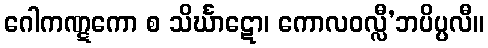
ဂေါကဏ္ဋကော စ သိင်္ဃာဋော၊ ကောလဝလ္လီ’ဘပိပ္ပလီ။